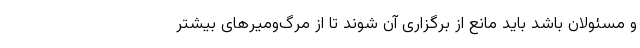
و مسئولان باشد باید مانع از برگزاری آن شوند تا از مرگ‌ومیرهای بیشتر